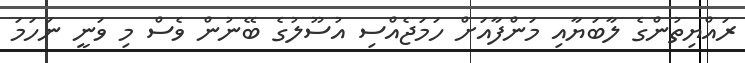
ރައްޔިތުންގެ ލާބަޔާއި މަންފާއަށް ހަމަޖެއްސި އުސޫލުގެ ބޭނުން ވެސް މި ވަނީ ނަހަމަ